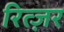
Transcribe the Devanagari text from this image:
रित्ज़र